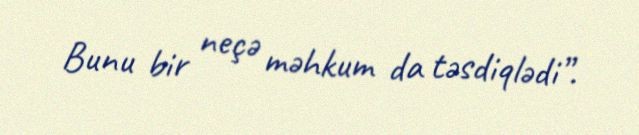
Bunu bir neçə məhkum da təsdiqlədi”.